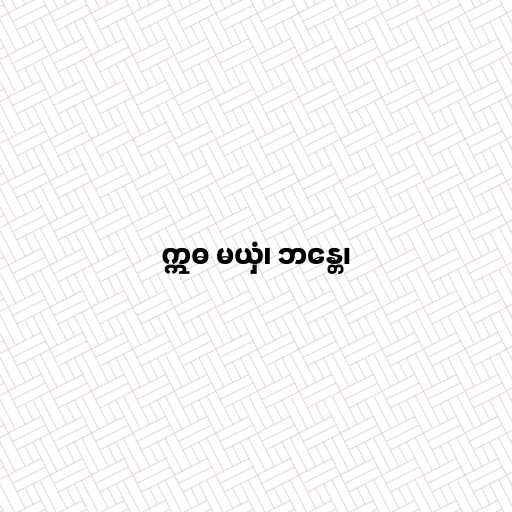
ဣဓ မယှံ၊ ဘန္တေ၊